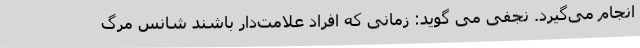
انجام می‌گیرد. نجفی می گوید: زمانی که افراد علامت‌دار باشند شانس مرگ